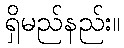
ရှိမည်နည်း။